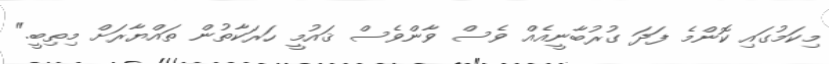
މިކަމުގައި ކޮންމެ ފަދަ ގުރުބާނީއެއް ވެސް ވާންވެސް ޤައުމީ ހަރަކާތުން ތައްޔާރަށް މިތިބީ."